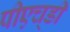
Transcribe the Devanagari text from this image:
पीएच्‌डी